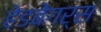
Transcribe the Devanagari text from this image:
हेडबेंगर्स